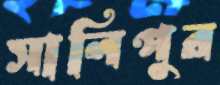
সালিপুর